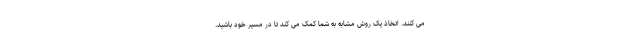
می کنند. اتخاذ یک روش مشابه به شما کمک می کند تا در مسیر خود باشید.